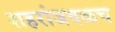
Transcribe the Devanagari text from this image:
शहरांजवळच